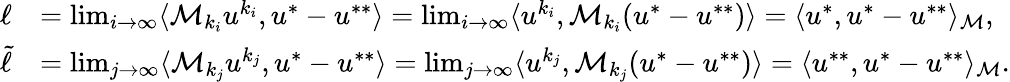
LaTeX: \begin{array}{rl}{\ell}&{=\operatorname*{lim}_{i\to\infty}\langle\mathcal M_{k_{i}}u^{k_{i}},u^{*}-u^{**}\rangle=\operatorname*{lim}_{i\to\infty}\langle u^{k_{i}},\mathcal M_{k_{i}}(u^{*}-u^{**})\rangle=\langle u^{*},u^{*}-u^{**}\rangle_{\mathcal M},}\\ {\tilde{\ell}}&{=\operatorname*{lim}_{j\to\infty}\langle\mathcal M_{k_{j}}u^{k_{j}},u^{*}-u^{**}\rangle=\operatorname*{lim}_{j\to\infty}\langle u^{k_{j}},\mathcal M_{k_{j}}(u^{*}-u^{**})\rangle=\langle u^{**},u^{*}-u^{**}\rangle_{\mathcal M}.}\end{array}